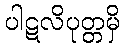
ပါဋလိပုတ္တမှိ